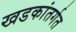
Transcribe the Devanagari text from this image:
खडकांतर्गत